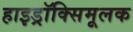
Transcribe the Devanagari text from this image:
हाइड्रॉक्सिमूलक